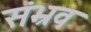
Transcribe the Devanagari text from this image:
संभ्रव